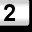
Digit: 2